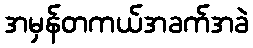
အမှန်တကယ်အခက်အခဲ